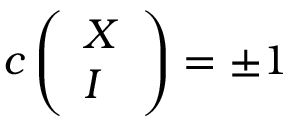
c \left( \begin{array} { l } { { X } } \\ { { I } } \end{array} \right) = \pm 1